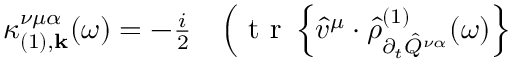
\begin{array} { r l } { \kappa _ { ( 1 ) , \mathbf { k } } ^ { \nu \mu \alpha } ( \omega ) = - \frac { i } { 2 } } & { { } \Big ( \mathrm { ~ t ~ r ~ } \left\{ \hat { v } ^ { \mu } \cdot \hat { \rho } _ { \partial _ { t } \hat { Q } ^ { \nu \alpha } } ^ { ( 1 ) } ( \omega ) \right\} } \end{array}